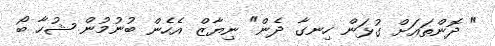
" ދޮންތައަށް ގުޅަން ހިނގާ ދެން" ނިޔާޒް އެހެން ބުނުމުން ޝުހާ ބޯ